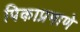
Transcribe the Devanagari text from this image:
पिकाप्रमाणे